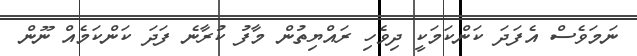
ނަމަވެސް އެފަދަ ކަންކަމަކީ ދިވެހި ރައްޔިތުން މާފު ކުރާނެ ފަދަ ކަންކަމެއް ނޫން